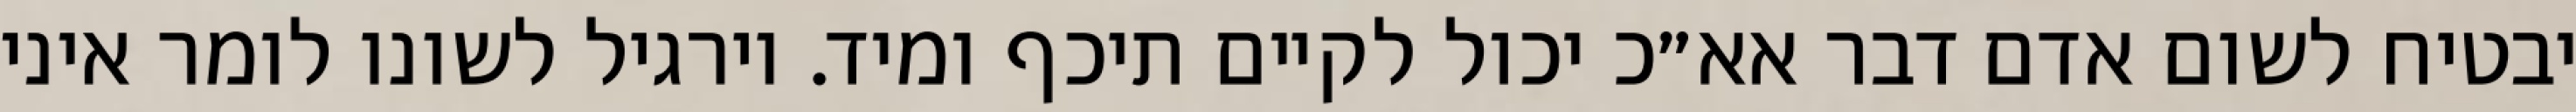
יבטיח לשום אדם דבר אא״כ יכול לקיים תיכף ומיד. וירגיל לשונו לומר איני